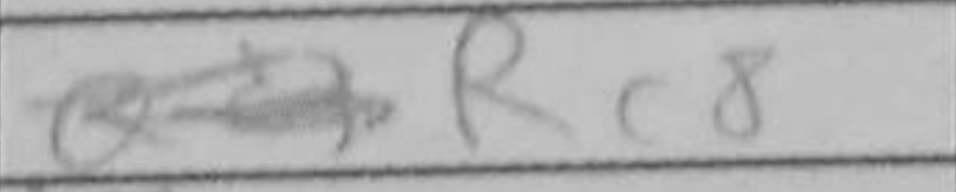
Transcription: Rc8